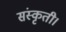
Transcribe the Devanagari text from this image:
संस्कृती।